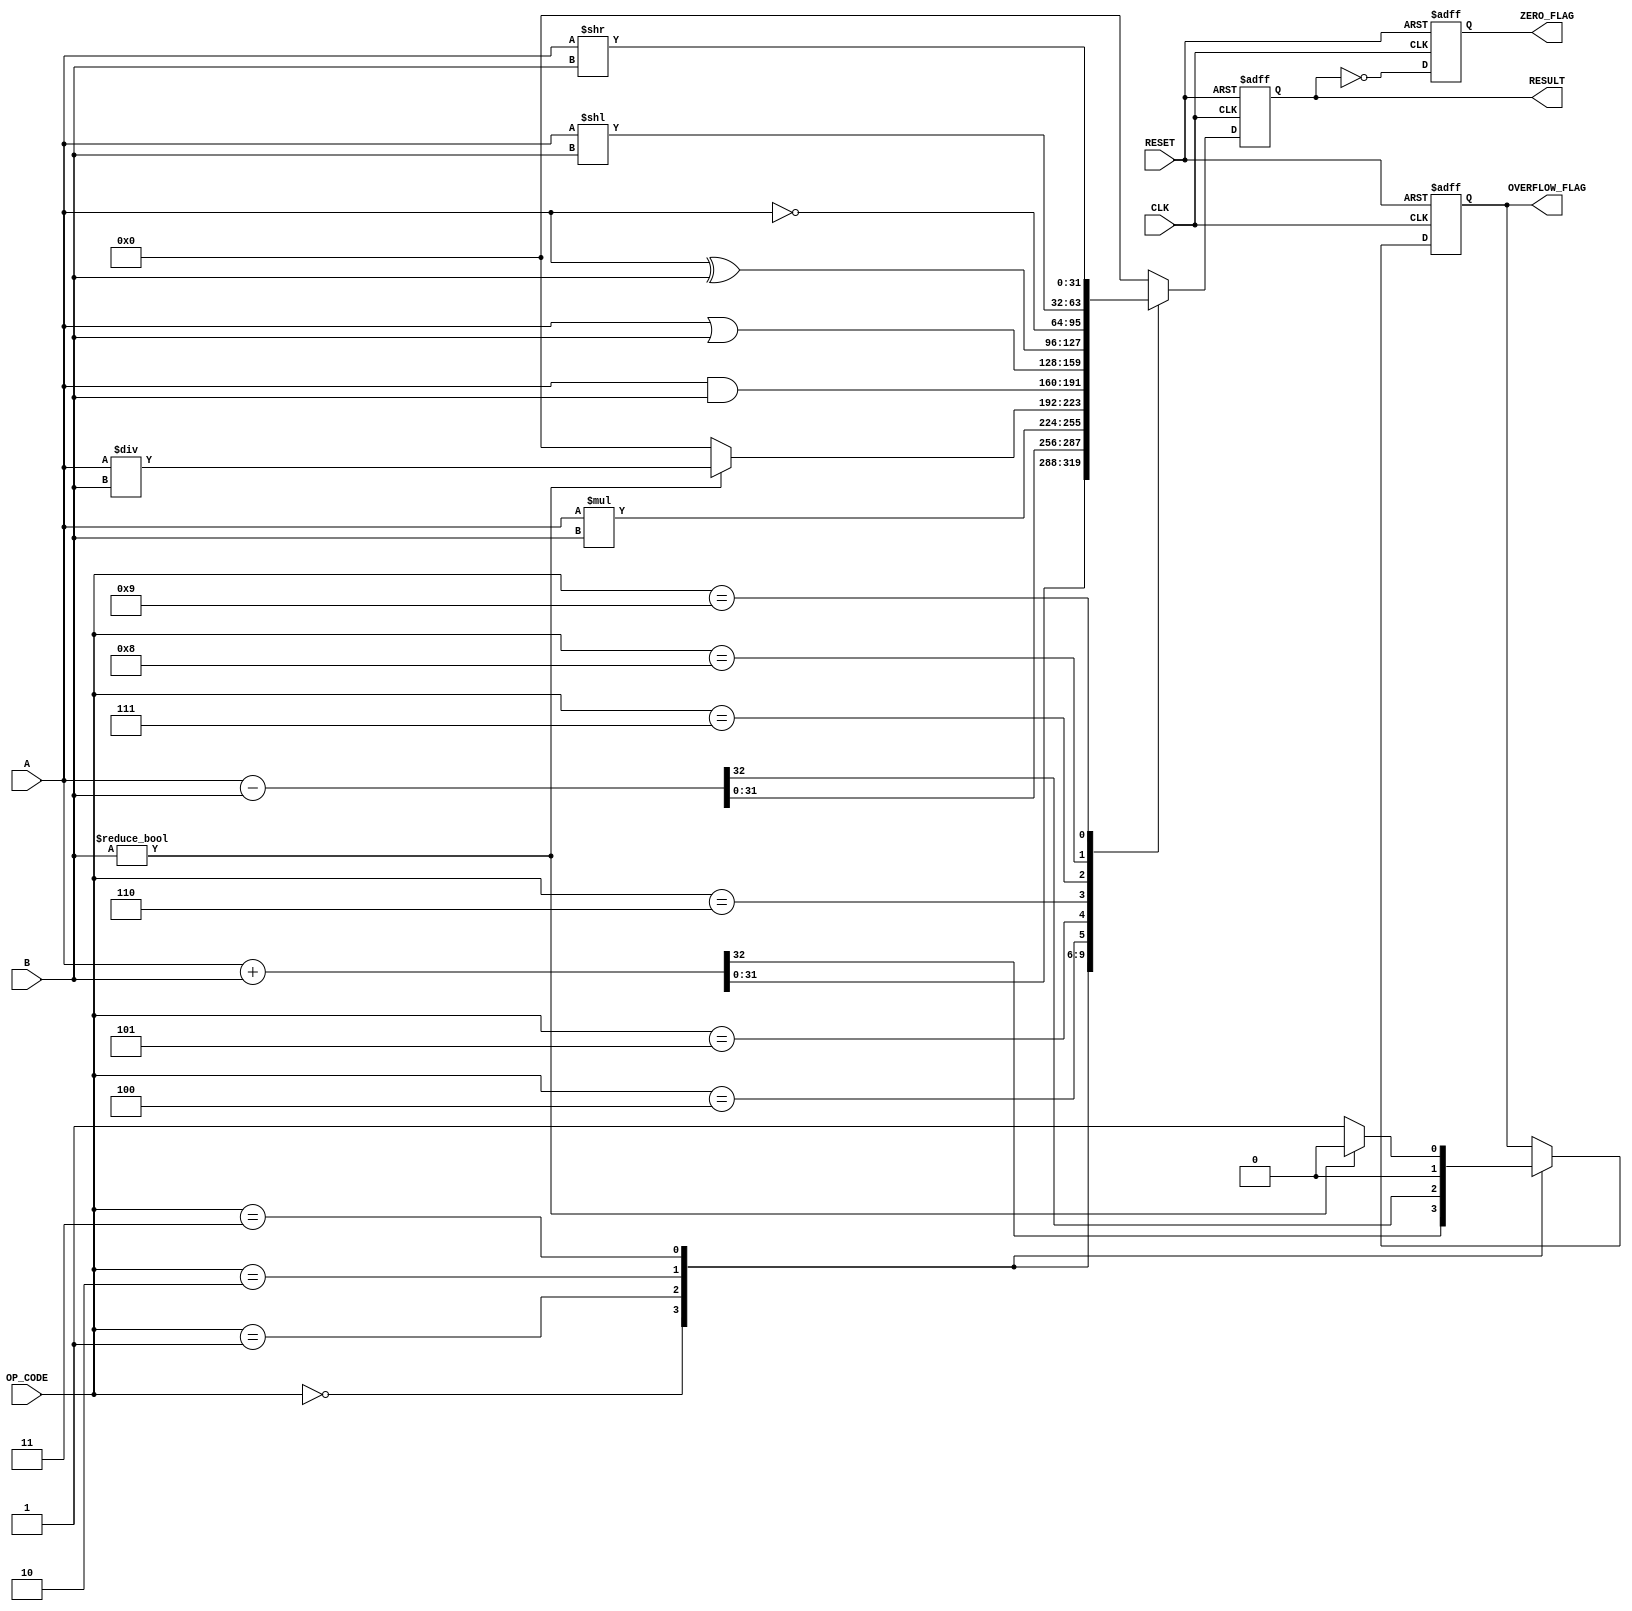
module parameterized_alu #(
    parameter DATA_WIDTH = 32,
    parameter OPERATION = 4 // Change based on the number of operations supported
)(
    input  wire [DATA_WIDTH-1:0] A,
    input  wire [DATA_WIDTH-1:0] B,
    input  wire [3:0] OP_CODE, // Assuming 4 bits are enough to cover all operations
    input  wire CLK,
    input  wire RESET,
    output reg [DATA_WIDTH-1:0] RESULT,
    output reg ZERO_FLAG,
    output reg OVERFLOW_FLAG
);

    // Define operations
    localparam ADD      = 4'b0000;
    localparam SUB      = 4'b0001;
    localparam MUL      = 4'b0010;
    localparam DIV      = 4'b0011;
    localparam AND      = 4'b0100;
    localparam OR       = 4'b0101;
    localparam XOR      = 4'b0110;
    localparam NOT      = 4'b0111;
    localparam SHL      = 4'b1000;
    localparam SHR      = 4'b1001;

    always @(posedge CLK or posedge RESET) begin
        if (RESET) begin
            RESULT <= 0;
            ZERO_FLAG <= 0;
            OVERFLOW_FLAG <= 0;
        end else begin
            case (OP_CODE)
                ADD: begin
                    {OVERFLOW_FLAG, RESULT} <= A + B; // Capture overflow
                end
                SUB: begin
                    {OVERFLOW_FLAG, RESULT} <= A - B; // Capture overflow
                end
                MUL: begin
                    RESULT <= A * B;
                    OVERFLOW_FLAG <= 0; // Multiplication overflow check can be complex and is omitted here
                end
                DIV: begin
                    if (B != 0) begin
                        RESULT <= A / B;
                        OVERFLOW_FLAG <= 0; // Division by zero check
                    end else begin
                        RESULT <= 0; // Handle division by zero
                        OVERFLOW_FLAG <= 1; // Set overflow flag on division by zero
                    end
                end
                AND: RESULT <= A & B;
                OR:  RESULT <= A | B;
                XOR: RESULT <= A ^ B;
                NOT: RESULT <= ~A;
                SHL: RESULT <= A << B[DATA_WIDTH-1:0]; // Ensure B fits the width
                SHR: RESULT <= A >> B[DATA_WIDTH-1:0]; // Ensure B fits the width
                default: RESULT <= 0; // Default case
            endcase

            // Set Zero Flag
            ZERO_FLAG <= (RESULT == 0);
        end
    end

endmodule